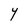
Character: Y